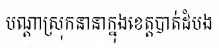
បណ្តាស្រុកនានាក្នុងខេត្តបាត់ដំបង